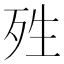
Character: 殅